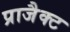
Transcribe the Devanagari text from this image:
प्राजैक्ट